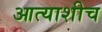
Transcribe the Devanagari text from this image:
आत्याशीच